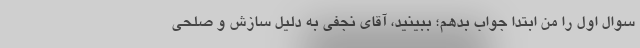
سوال اول را من ابتدا جواب بدهم؛ ببینید، آقای نجفی به دلیل سازش و صلحی